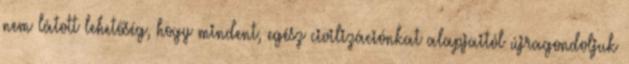
nem látott lehetőség, hogy mindent, egész civilizációnkat alapjaitól újragondoljuk